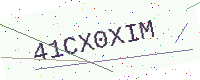
Text: 41CX0XIM